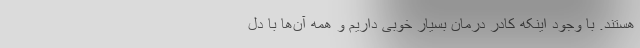
هستند. با وجود اینکه کادر درمان بسیار خوبی داریم و همه آن‌ها با دل